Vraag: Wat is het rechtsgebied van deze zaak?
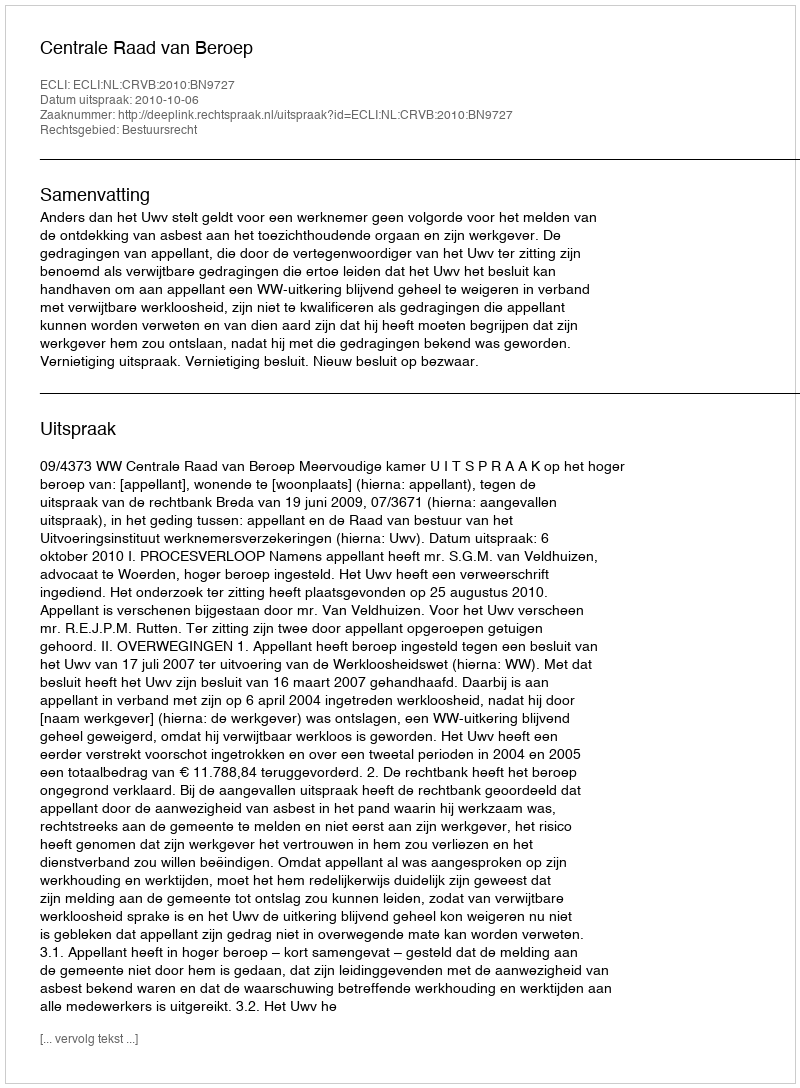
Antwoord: Bestuursrecht